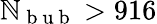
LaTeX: \mathbb{N}_{\mathrm{{~b~u~b~}}}>916